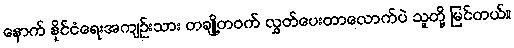
နောက် နိုင်ငံရေးအကျဉ်းသား တချို့တဝက် လွှတ်ပေးတာလောက်ပဲ သူတို့ မြင်တယ်။